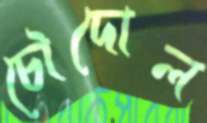
চৌদোল